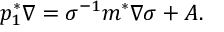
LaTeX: p _ { 1 } ^ { * } \nabla = \sigma ^ { - 1 } m ^ { * } \nabla \sigma + A .